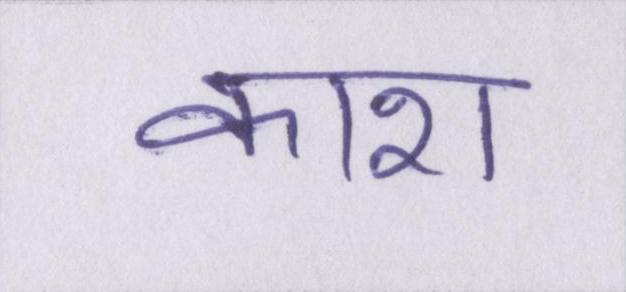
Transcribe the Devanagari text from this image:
काश